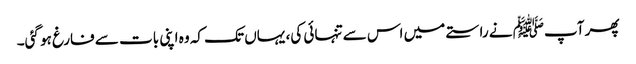
پھر آپﷺ نے راستے میں اس سے تنہائی کی، یہاں تک کہ وہ اپنی بات سے فارغ ہو گئی۔